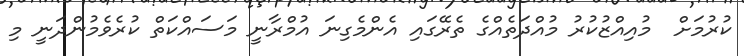
ކުރުމަށް  މުއިއްޒުކުރު މުއްދަތެއްގެ ތެރޭގައި އެންމެގިނަ އުމްރާނީ މަސައްކަތް ކުރެވެމުންދަނީ މި